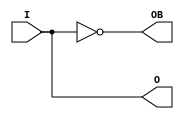
// (c) fpga4fun.com & KNJN LLC 2013

////////////////////////////////////////////////////////////////////////
module OBUFDS(
	input I, // input
	output O, // positive output
	output OB // negative output
);

assign O = I;
assign OB = ~I;

endmodule
////////////////////////////////////////////////////////////////////////